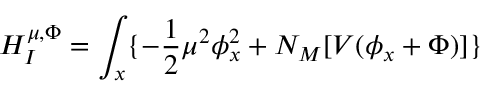
H _ { I } ^ { \mu , \Phi } = \int _ { x } \{ - { \frac { 1 } { 2 } } \mu ^ { 2 } \phi _ { x } ^ { 2 } + { \cal N } _ { M } [ V ( \phi _ { x } + \Phi ) ] \}